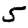
Digit: 5